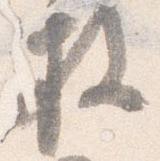
枚